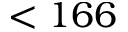
< 1 6 6